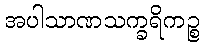
အပါသာဏသက္ခရိကဉ္စ